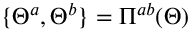
\{ \Theta ^ { a } , \Theta ^ { b } \} = \Pi ^ { a b } ( \Theta )